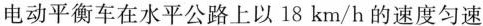
电动平衡车在水平公路上以18km/h的速度匀速